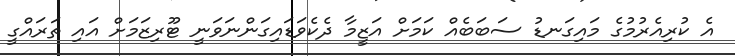
އެ ކުރިއެރުމުގެ މައިގަނޑު ސަބަބެއް ކަމަށް އަޒީމާ ދެކެވަޑައިގަންނަވަނީ ޓޫރިޒަމަށް އައި ތަރައްގީ